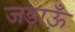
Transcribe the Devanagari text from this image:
जड़ाऊँ